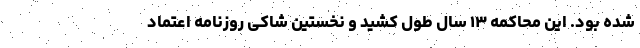
شده‌ بود. این محاکمه ۱۳ سال طول کشید و نخستین شاکی روزنامه اعتماد